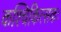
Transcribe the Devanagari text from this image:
कश्चिकित्सकः